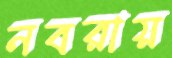
নবরায়